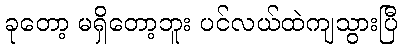
ခုတော့ မရှိတော့ဘူး ပင်လယ်ထဲကျသွားပြီ